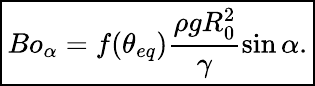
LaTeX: \boxed{Bo_{\alpha}=f(\theta_{eq})\frac{\rho gR_{0}^{2}}{\gamma}\sin\alpha.}